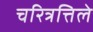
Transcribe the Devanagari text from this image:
चरित्रत्तिले